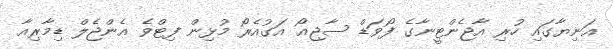
އަނިޔާގައި ހުރި އާޖެންޓީނާގެ ފޯވަޑް ސާޖިއޯ އަގުއެރޯ މުޅިން ފިޓްވެ އެންޖެލް ޑިމާރިއާ